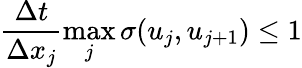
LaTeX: \frac{\Delta t}{\Delta x_{j}}\operatorname*{max}_{j}\sigma(u_{j},u_{j+1})\le 1